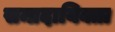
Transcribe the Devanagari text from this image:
सम्प्रदायिक्ता